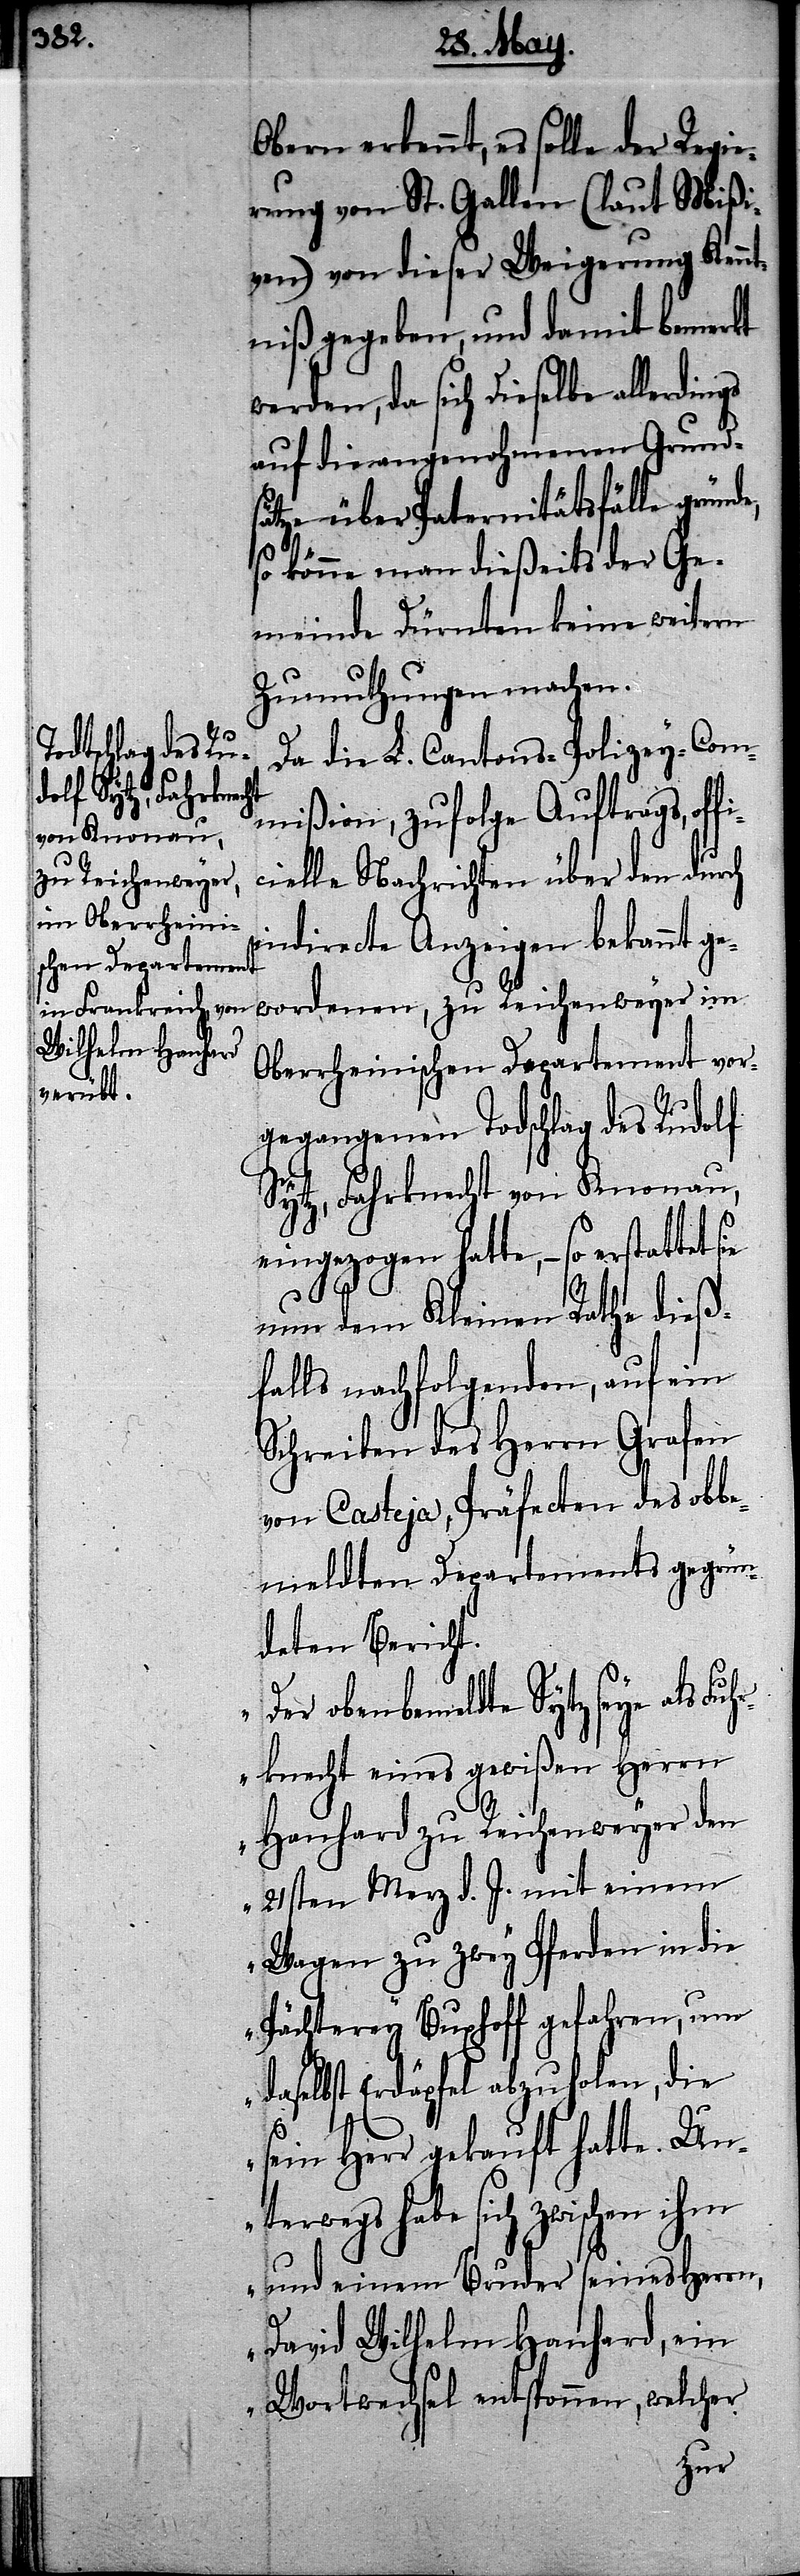
Obern erkennt, es solle der Regie¬
rung von St. Gallen (laut Mißi¬
ven) von dieser Weigerung Kennt¬
niß gegeben, und damit bemerkt
werden, da sich dieselbe allerdings
auf die angenohmenen Grund¬
sätze über Paternitätsfälle grün¬
so könne man dießeits der Ge¬
meinde Dürnten keine weitern
Zumuthungen machen.
Da die L. Cantons-Polizey-Com¬
mißion, zufolge Auftrags, off¬
icielle Nachrichten über den durch
indirecte Anzeigen bekannt ge¬
wordenen, zu Reichenweyer im
Oberrheinischen Departement vor¬
gegangenen Todschlag des Rudolf
Sytz, Fahrknecht von Knonau,
eingezogen hatte, – so erstattet
sie
nun dem Kleinen Rathe dieß¬
falls nachfolgenden, auf ein
Schreiben des Herrn Grafen
von Casteja, Präfecten des obbe¬
meldten Departements gegrün¬
deten Bericht.
ben bemeldte Sytz seye als
[sic!] eines gewißen Herrn
Hanhard zu Reichenweyer den
21sten Merz d. J. mit einem
Wagen zu zwey Pferden in die
Pächterey Buxhoff gefahren, um
daselbst Erdäpfel abzuholen, die
de,
o¬
sein Herr gekauft hatte. Un¬
terwegs habe sich zwischen ihm
und einem Bruder seines Herrn,
David Wilhelm Hanhard, ein
Wortwechsel entsponnen, welcher